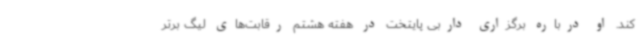
کند. او درباره برگزاری داربی پایتخت در هفته هشتم رقابت‌های لیگ برتر